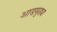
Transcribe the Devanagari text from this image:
आडमुठ्या